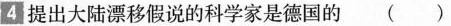
4 提出大陆漂移假说的科学家是德国的 ( )